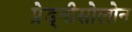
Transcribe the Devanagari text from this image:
प्रेड्नीसोलोन